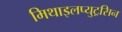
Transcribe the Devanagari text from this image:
मिथाइलप्युट्रसिन